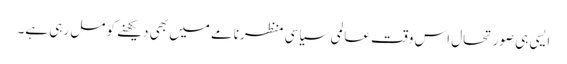
ایسی ہی صورتحال اس وقت عالمی سیاسی منظرنامے میں بھی دیکھنے کو مل رہی ہے۔